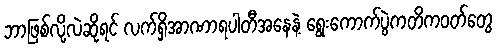
ဘာဖြစ်လို့လဲဆိုရင် လက်ရှိအာဏာရပါတီအနေနဲ့ ရွေးကောက်ပွဲကတိကဝတ်တွေ